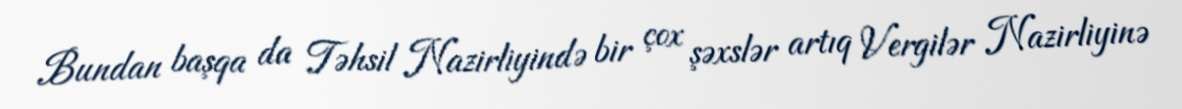
Bundan başqa da Təhsil Nazirliyində bir çox şəxslər artıq Vergilər Nazirliyinə